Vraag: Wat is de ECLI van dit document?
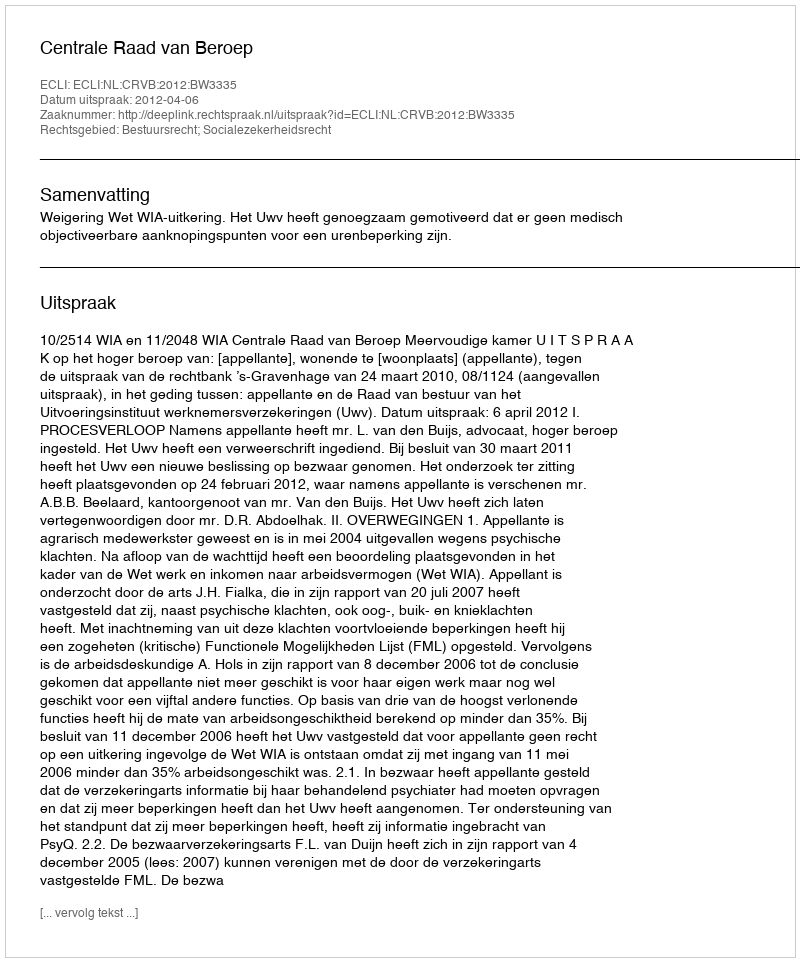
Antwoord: ECLI:NL:CRVB:2012:BW3335